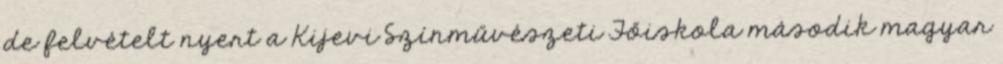
de felvételt nyert a Kijevi Színművészeti Főiskola második magyar